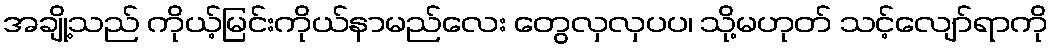
အချို့သည် ကိုယ့်မြင်းကိုယ်နာမည်လေး တွေလှလှပပ၊ သို့မဟုတ် သင့်လျော်ရာကို